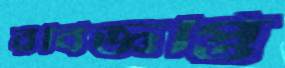
রবিজ্ঞপ্তি